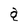
Character: a